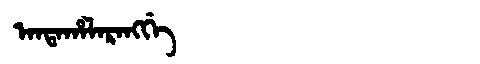
Manchu: ᠠᠨᡨᠠᡥᠠᠯᠠᡵᠠᠩᡤᡝ
Romanization: ANTAHALARANGGE